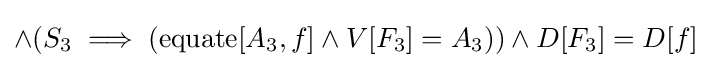
\land (S_{3}\implies (\operatorname {equate} [A_{3},f]\land V[F_{3}]=A_{3}))\land D[F_{3}]=D[f]